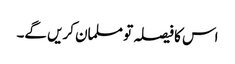
اس کا فیصلہ تو مسلمان کریں گے۔